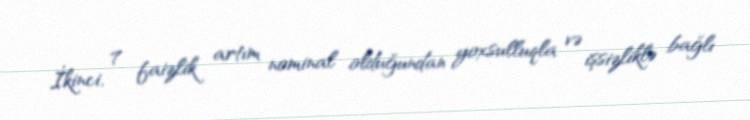
İkinci, 7 faizlik artım nominal olduğundan yoxsulluqla və işsizliklə bağlı